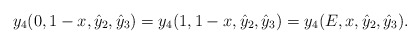
\begin{align*}y_4(0,1-x,\hat{y}_2,\hat{y}_3)=y_4(1,1-x,\hat{y}_2,\hat{y}_3)=y_4(E,x,\hat{y}_2,\hat{y}_3).\end{align*}